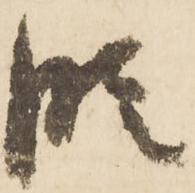
段